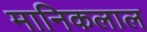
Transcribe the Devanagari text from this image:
मानिकलाल